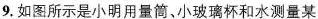
9，如图所示是小明用量筒、小玻璃杯和水测量某